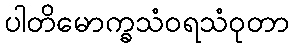
ပါတိမောက္ခသံဝရသံဝုတာ